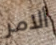
ألامر